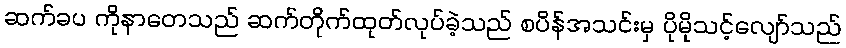
ဆက်ခပ ကိုနာတေသည် ဆက်တိုက်ထုတ်လုပ်ခဲ့သည် စပိန်အသင်းမှ ပိုမိုသင့်လျော်သည်